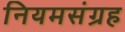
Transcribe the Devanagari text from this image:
नियमसंग्रह